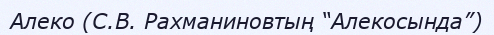
Алеко (С.В. Рахманиновтың “Алекосында”)